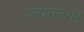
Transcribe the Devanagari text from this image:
उद्यमनगर